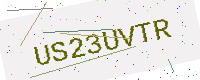
Text: US23UVTR